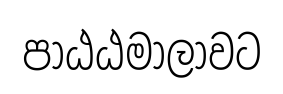
පාඨඨමාලාවට